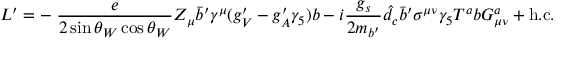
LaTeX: { \cal L } ^ { \prime } = - \; \frac { e } { 2 \sin \theta _ { W } \cos \theta _ { W } } Z _ { \mu } \bar { b } ^ { \prime } \gamma ^ { \mu } ( g _ { V } ^ { \prime } - g _ { A } ^ { \prime } \gamma _ { 5 } ) b - i \frac { g _ { s } } { 2 m _ { b ^ { \prime } } } \hat { d } _ { c } \bar { b } ^ { \prime } \sigma ^ { \mu \nu } \gamma _ { 5 } T ^ { a } b G _ { \mu \nu } ^ { a } + \mathrm { h . c . }